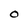
Character: O